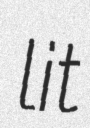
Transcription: lit